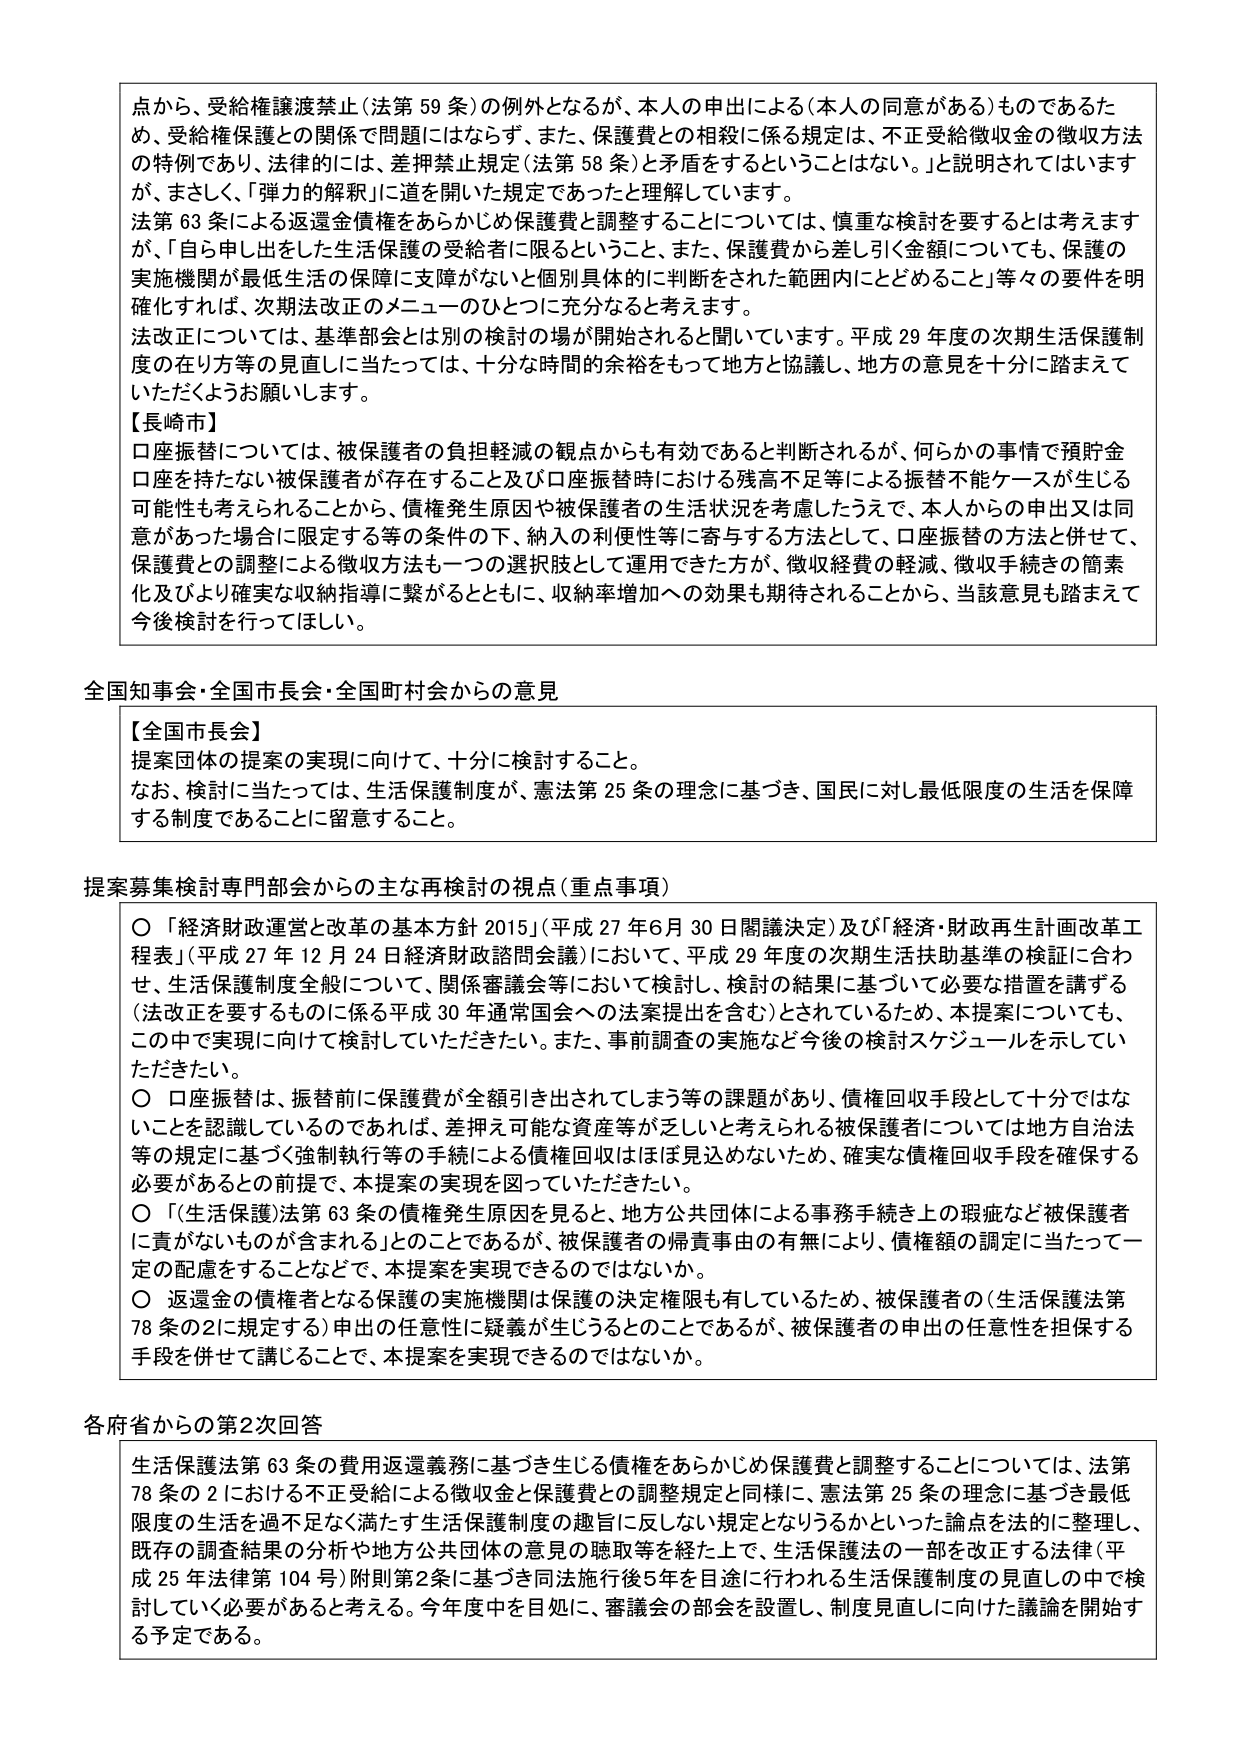
点から、受給権譲渡禁止（法第59条）の例外となるが、本人の申出による（本人の同意がある）ものであるため、受給権保護との関係で問題にはならず、また、保護費との相殺に係る規定は、不正受給徴収金の徴収方法の特例であり、法律的には、差押禁止規定（法第58条）と矛盾をするということはない。」と説明されてはいますが、まさしく、「弾力的解釈」に道を開いた規定であったと理解しています。

法第63条による返還金債権をあらかじめ保護費と調整することについては、慎重な検討を要するとは考えますが、「自ら申し出をした生活保護の受給者に限るということ、また、保護費から差し引く金額についても、保護の実施機関が最低生活の保障に支障がないと個別具体的に判断をされた範囲内にとどめること」等々の要件を明確化すれば、次期法改正のメニューのひとつに充分なると考えます。

法改正については、基準部会とは別の検討の場が開始されると聞いています。平成29年度の次期生活保護制度の在り方等の見直しに当たっては、十分な時間的余裕をもって地方と協議し、地方の意見を十分に踏まえていただくようお願いします。

【長崎市】
口座振替については、被保護者の負担軽減の観点からも有効であると判断されるが、何かの事情で預貯金口座を持たない被保護者が存在すること及び口座振替時における残高不足等による振替不能ケースが生じる可能性も考えられることから、債権発生原因や被保護者の生活状況を考慮するうえで、本人からの申出又は同意があった場合に限定する等の条件の下、納入の利便性等に寄与する方法として、口座振替の方法と併せて、保護費との調整による徴収方法も一つの選択肢として運用できた方が、徴収経費の軽減、徴収手続きの簡素化及びより確実な収納指導に繋がるとともに、収納率増加への効果も期待されることから、当該意見も踏まえて今後検討を行ってほしい。

全国知事会・全国市長会・全国町村会からの意見

【全国市長会】
提案団体の提案の実現に向けて、十分に検討すること。
なお、検討に当たっては、生活保護制度が、憲法第25条の理念に基づき、国民に対し最低限度の生活を保障する制度であることに留意すること。

提案募集検討専門部会からの主な再検討の視点（重点事項）

○「経済財政運営と改革の基本方針2015」（平成27年6月30日閣議決定）及び「経済・財政再生計画改革工程表」（平成27年12月24日経済財政諮問会議）において、平成29年度の次期生活扶助基準の検証に合わせ、生活保護制度全般について、関係審議会等において検討し、検討の結果に基づいて必要な措置を講ずる（法改正を要するものに係る平成30年通常国会への法案提出を含む）とされているため、本提案についても、この中で実現に向けて検討していただきたい。また、事前調査の実施など今後の検討スケジュールを示していただきたい。

○口座振替は、振替前に保護費が全額引き出されてしまう等の課題があり、債権回収手段として十分ではないことを認識しているのであれば、差押え可能な資産等が乏しいと考えられる被保護者については地方自治法等の規定に基づく強制執行等の手続による債権回収はほぼ見込めないため、確実な債権回収手段を確保する必要があるとの前提で、本提案の実現を図っていただきたい。

○「生活保護」法第63条の債権発生原因を見ると、地方公共団体による事務手続き上の瑕疵など被保護者に責がないものが含まれる」とのことであるが、被保護者の帰責事由の有無により、債権額の認定に当たって一定の配慮をすることなどで、本提案を実現できるのではないか。

○返還金の債権者となる保護の実施機関は保護の決定権限も有しているため、被保護者の（生活保護法第78条の2に規定する）申出の任意性に疑義が生じうることであるが、被保護者の申出の任意性を担保する手段を併せて講じることで、本提案を実現できるのではないか。

各府省からの第2次回答

生活保護法第63条の費用返還義務に基づき生じる債権をあらかじめ保護費と調整することについては、法第78条の2における不正受給による徴収金と保護費との調整規定と同様に、憲法第25条の理念に基づき最低限度の生活を過不足なく満たす生活保護制度の趣旨に反しない規定となりうるかといった論点を法的に整理し、既存の調査結果の分析や地方公共団体の意見の聴取等を経た上で、生活保護法の一部を改正する法律（平成25年法律第104号）附則第2条に基づき同法施行後5年を目途に行われる生活保護制度の見直しの中で検討していく必要があると考える。今年度中を目処に、審議会の部会を設置し、制度見直しに向けた議論を開始する予定である。